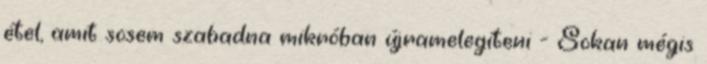
étel, amit sosem szabadna mikróban újramelegíteni - Sokan mégis